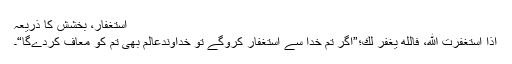
استغفار، بخشش کا ذریعہ
إِذٰا اسْتَغْفَرْتَ اللهَ، فَاللهُ یَغْفِرُ لَكَ؛”اگر تم خدا سے استغفار کروگے تو خداوندعالم بھی تم کو معاف کردےگا“۔